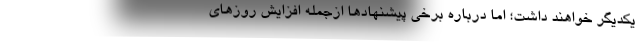
یکدیگر خواهند داشت؛ اما درباره برخی پیشنهادها ازجمله افزایش روزهای